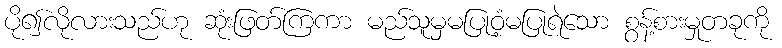
ပို၍လိုလားသည်ဟု ဆုံးဖြတ်ကြကာ မည်သူမှမပြုဝံ့မပြုရဲသော စွန့်စားမှုတခုကို